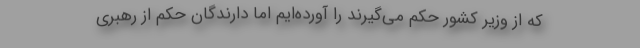
که از وزیر کشور حکم می‌گیرند را آورده‌ایم اما دارندگان حکم از رهبری